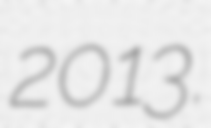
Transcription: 2013.